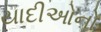
યાદીઓનો